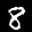
Label: 8